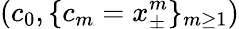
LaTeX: (c_{0},\{ c_{m}=x_{\pm}^{m}\} _{m\ge 1})